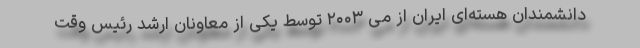
دانشمندان هسته‌ای ایران از می ۲۰۰۳ توسط یکی از معاونان ارشد رئیس وقت